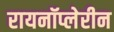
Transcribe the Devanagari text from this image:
रायनॉप्लेरीन